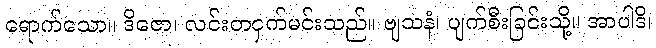
ရောက်သော။ ဒိဇော၊ လင်းတငှက်မင်းသည်။ ဗျသနံ၊ ပျက်စီးခြင်းသို့။ အာပါဒိ၊